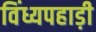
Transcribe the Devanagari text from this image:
विंध्यपहाड़ी